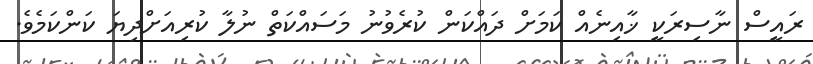
ރައީސް ނާސިރަކީ ޚާއިނެއް ކަމަށް ދައްކަން ކުރެވުނު މަސައްކަތް ނުލާ ކުރިއަށްދިޔަ ކަންކަމެވެ.